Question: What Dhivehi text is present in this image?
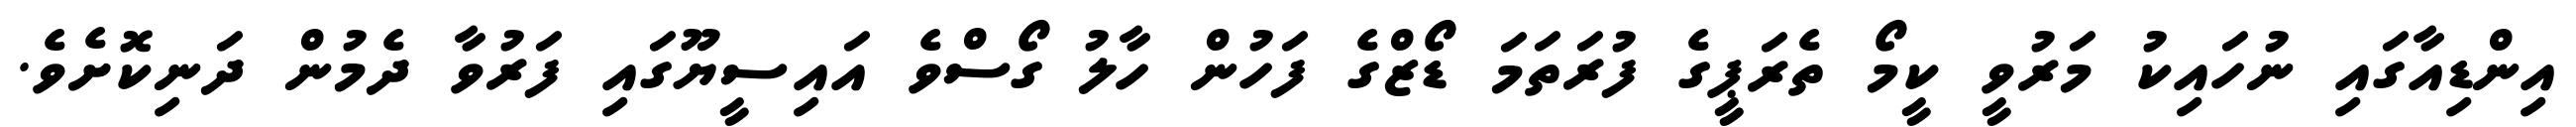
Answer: އިންޑިއާގައި ނުހައިކު މަރުވީ ކީމޯ ތެރަޕީގެ ފުރަތަމަ ޑޯޒްގެ ފަހުން ހާލު ގޯސްވެ އައިސީޔޫގައި ފަރުވާ ދެމުން ދަނިކޮށެވެ.